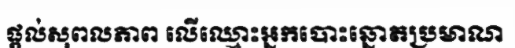
ផ្តល់សុពលភាព លើឈ្មោះអ្នកបោះឆ្នោតប្រមាណ